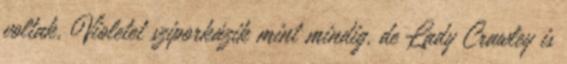
voltak, Violetet sziporkázik mint mindig, de Lady Crawley is